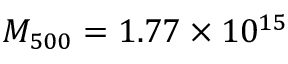
M _ { 5 0 0 } = 1 . 7 7 \times 1 0 ^ { 1 5 }